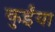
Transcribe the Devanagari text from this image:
कुईंया